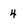
Character: 4